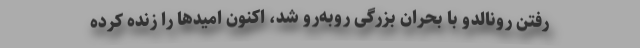
رفتن رونالدو با بحران بزرگی روبه‌رو شد، اکنون امیدها را زنده کرده